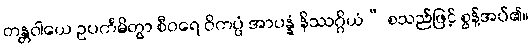
တန္တဝါယေ ဥပင်္ကမိတွာ စီဝရေ ဝိကပ္ပံ အာပန္နံ နိဿဂ္ဂိယံ” စသည်ဖြင့် စွန့်အပ်၏။